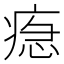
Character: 𤷞